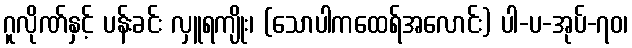
ဂူလိုဏ်နှင့် ပန်းခင်း လှူရကျိုး၊ (သောပါကထေရ်အလောင်း) ပါ-ပ-အုပ်-၇၀၊